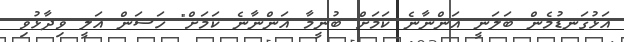
އަޅުގަނޑުމެން ބަލަނީ އަންނާނެ ކަމަށް ބުނީމާ އަންނާނެ ކަމަށް" ހަސަން އަލީ ވިދާޅުވި